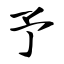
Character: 予